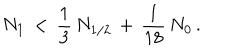
LaTeX: N _ { 1 } \, < \, \frac { 1 } { 3 } \, N _ { 1 / 2 } \, + \, \frac { 1 } { 1 8 } \, N _ { 0 } \, .